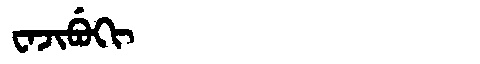
Manchu: ᠸᠠᠵᡳᠪᡠᡴᡳ
Romanization: WAJIBUKI